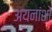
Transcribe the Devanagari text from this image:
अयनांशों